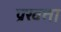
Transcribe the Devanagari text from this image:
प्रखता